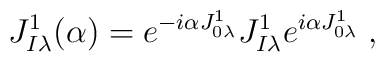
J^1_{I\lambda} (\alpha)=e^{-i\alpha J^1_{0\lambda}}  J^1_{I\lambda}e^{i\alpha J^1_{0\lambda}} \; ,